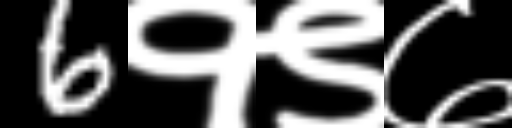
Text: 6१९७